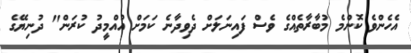
އެހެންވެ ކޮންމެ މުބާރާތެއްގެ ވެސް ފައިނަލަށް ދެވިދާނެ ކަމަށް އުއްމީދު ކުރަން" ދުނިޔޭގެ